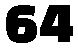
64